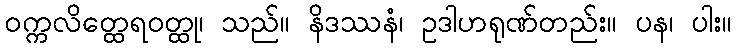
ဝက္ကလိတ္ထေရဝတ္ထု၊ သည်။ နိဒဿနံ၊ ဥဒါဟရုဏ်တည်း။ ပန၊ ပါး။